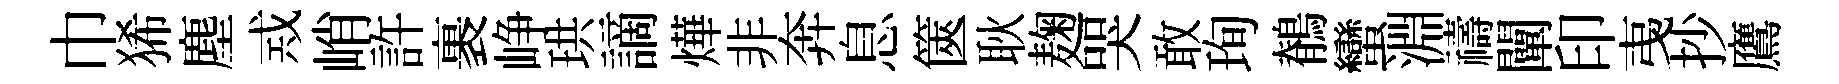
巾狶塵𢦶峭許裹峥珙謫燁非奔息篋耿麹哭敢珣鶺蠻淵禱闡印𢎯抄鷹